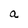
Character: a